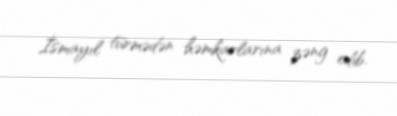
İsmayıl türmədən həmkarlarına zəng edib.